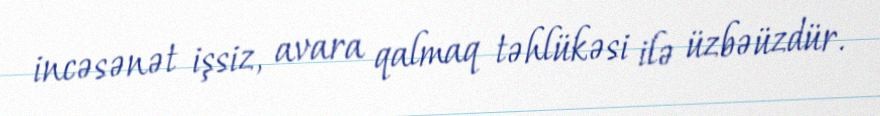
incəsənət işsiz, avara qalmaq təhlükəsi ilə üzbəüzdür.